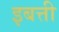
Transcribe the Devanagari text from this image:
इबत्ती